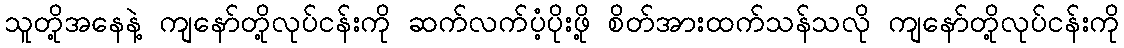
သူတို့အနေနဲ့ ကျနော်တို့လုပ်ငန်းကို ဆက်လက်ပံ့ပိုးဖို့ စိတ်အားထက်သန်သလို ကျနော်တို့လုပ်ငန်းကို